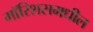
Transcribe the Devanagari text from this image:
मॉरिशसमधील